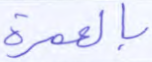
بالعمرة